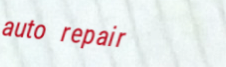
auto repair